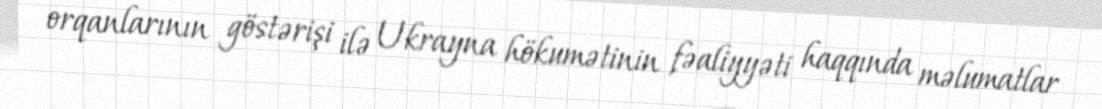
orqanlarının göstərişi ilə Ukrayna hökumətinin fəaliyyəti haqqında məlumatlar